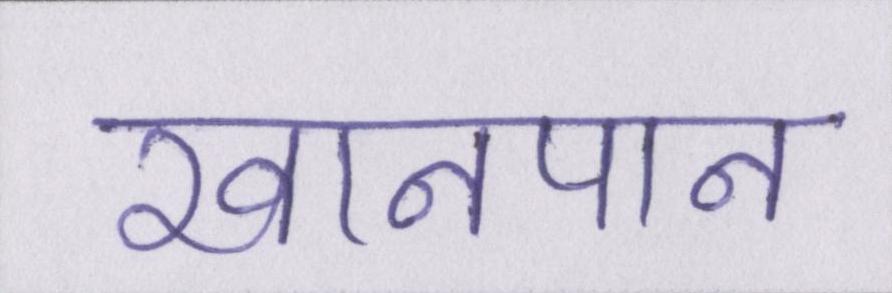
खानपान